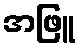
အဖြူ